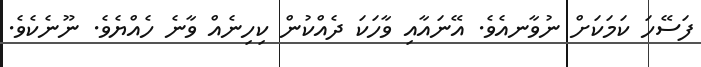
ފަސޭހަ ކަމަކަށް ނުވާނއެވެ. އޭނައާއި ވާހަކަ ދެއްކުން ކިހިނެއް ވާނެ ހެއްޔެވެ. ނޫނެކެވެ.